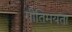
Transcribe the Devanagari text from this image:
गीतिमयता